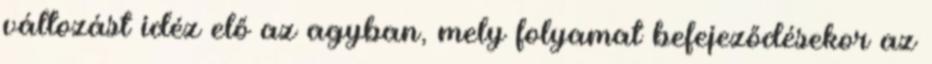
változást idéz elő az agyban, mely folyamat befejeződésekor az